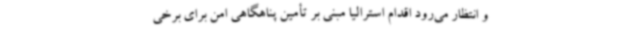
و انتظار می‌رود اقدام استرالیا مبنی بر تأمین پناهگاهی امن برای برخی